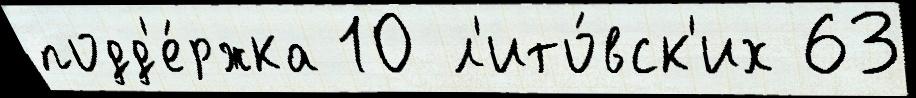
подд'е́ржка 10 л'ито́вск'их 63